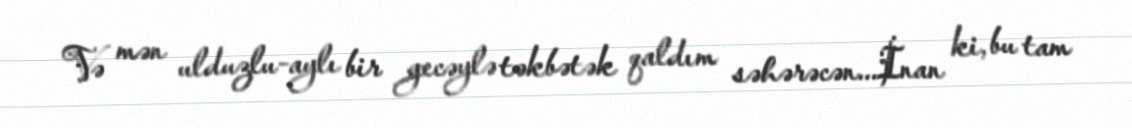
Və mən ulduzlu-aylı bir gecəylə təkbətək qaldım səhərəcən...İnan ki, bu tam